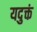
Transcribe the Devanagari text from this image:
यदुक्तं